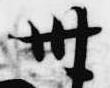
卅